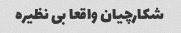
شکارچیان واقعا بی نظیره